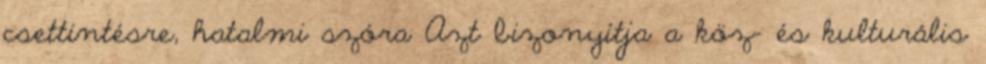
csettintésre, hatalmi szóra Azt bizonyítja a köz- és kulturális